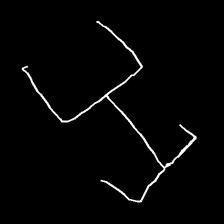
Glyph: entwine